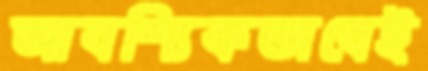
আবশ্যিকভাবেই